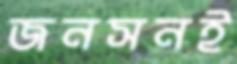
জনসনই